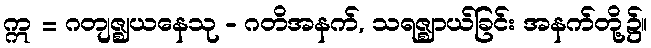
ဣ = ဂတျဇ္ဈယနေသု - ဂတိအနက်, သရဇ္ဈာယ်ခြင်း အနက်တို့၌။